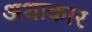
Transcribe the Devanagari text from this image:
अथाकार